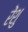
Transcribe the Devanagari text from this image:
रेंशु